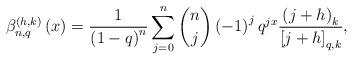
LaTeX: \begin{align*}\beta_{n,q}^{\left(h,k\right)}\left(x\right)=\frac{1}{\left(1-q\right)^{n}}\sum_{j=0}^{n}\dbinom{n}{j}\left(-1\right)^{j}q^{jx}\frac{\left(j+h\right)_{k}}{\left[j+h\right]_{q,k}},\end{align*}